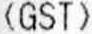
(GST)